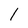
Character: l